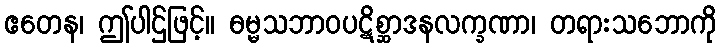
ဧတေန၊ ဤပါဌ်ဖြင့်။ ဓမ္မသဘာဝပဋိစ္ဆာဒနလက္ခဏာ၊ တရားသဘောကို